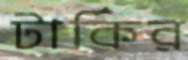
টার্কির